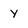
Character: y